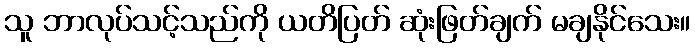
သူ ဘာလုပ်သင့်သည်ကို ယတိပြတ် ဆုံးဖြတ်ချက် မချနိုင်သေး။